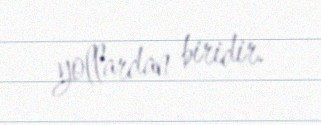
yollardan biridir.